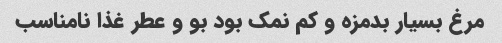
مرغ بسیار بدمزه و کم نمک بود بو و عطر غذا نامناسب